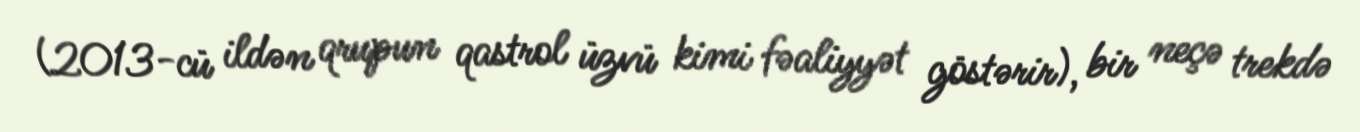
(2013-cü ildən qrupun qastrol üzvü kimi fəaliyyət göstərir), bir neçə trekdə